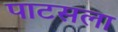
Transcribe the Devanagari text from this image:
पाटसला